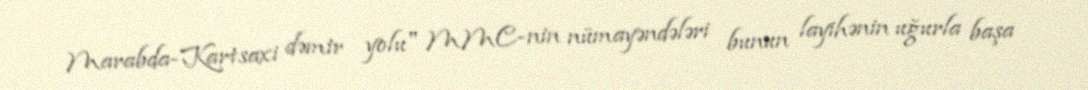
Marabda-Kartsaxi dəmir yolu" MMC-nin nümayəndələri bunun layihənin uğurla başa